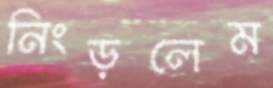
নিংড়লেম